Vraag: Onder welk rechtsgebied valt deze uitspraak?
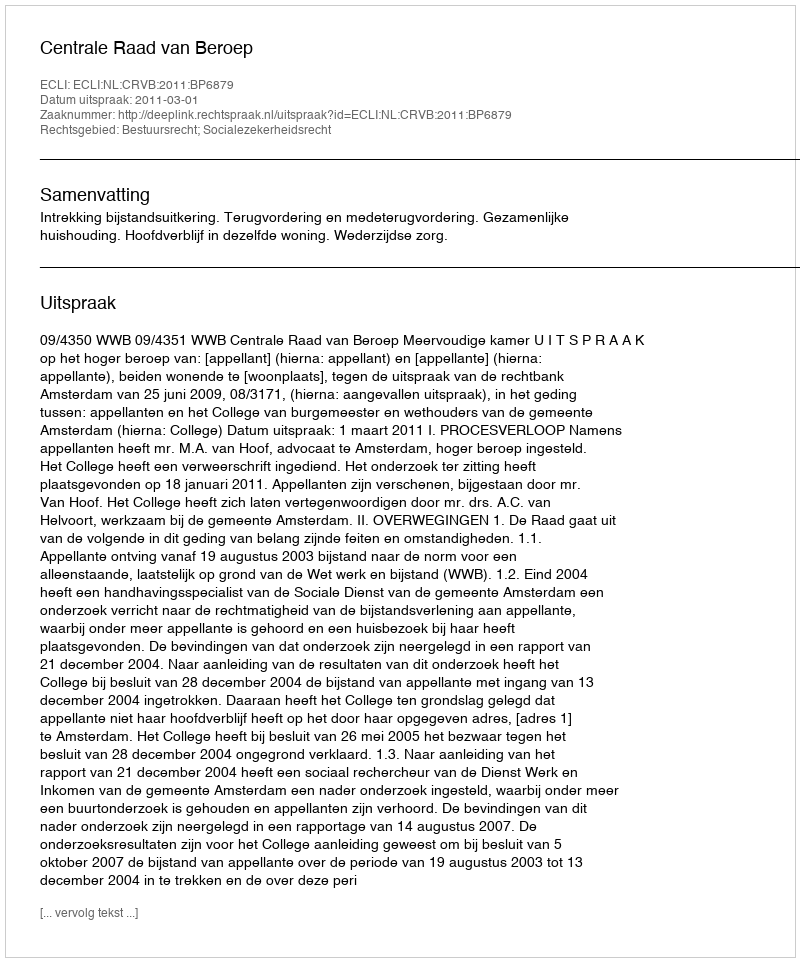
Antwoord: Bestuursrecht; Socialezekerheidsrecht